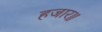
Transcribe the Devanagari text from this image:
हजार॥